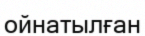
ойнатылған